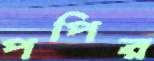
পপির